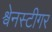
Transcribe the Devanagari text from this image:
श्वेनस्टीगर